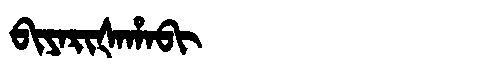
Manchu: ᠪᡳᠶᠠᡵᡳᡧᠠᡥᠠᠪᡳ
Romanization: BIYARIŠAHABI